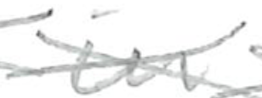
Text: in
Cross-out: cross
Writing tool: pencil